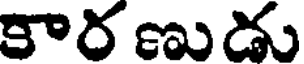
కార ణుడు